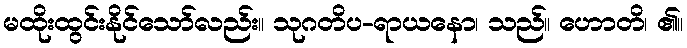
မထိုးထွင်းနိုင်သော်လည်း။ သုဂတိပ-ရာယနော၊ သည်။ ဟောတိ၊ ၏။